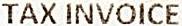
TAX INVOICE